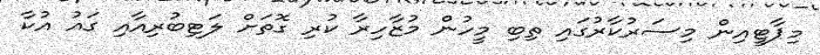
މިޕާޓީއިން މިސަރުކާރުގައި ތިބި މީހުން މުޒާހިރާ ކުރި ގޮތަށް ލަޓިބުރިއާއި ގައު އުކާ